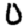
Digit: 0